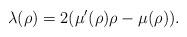
LaTeX: \begin{align*}\lambda(\rho)=2(\mu'(\rho)\rho-\mu(\rho)).\end{align*}